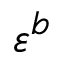
\varepsilon ^ { b }